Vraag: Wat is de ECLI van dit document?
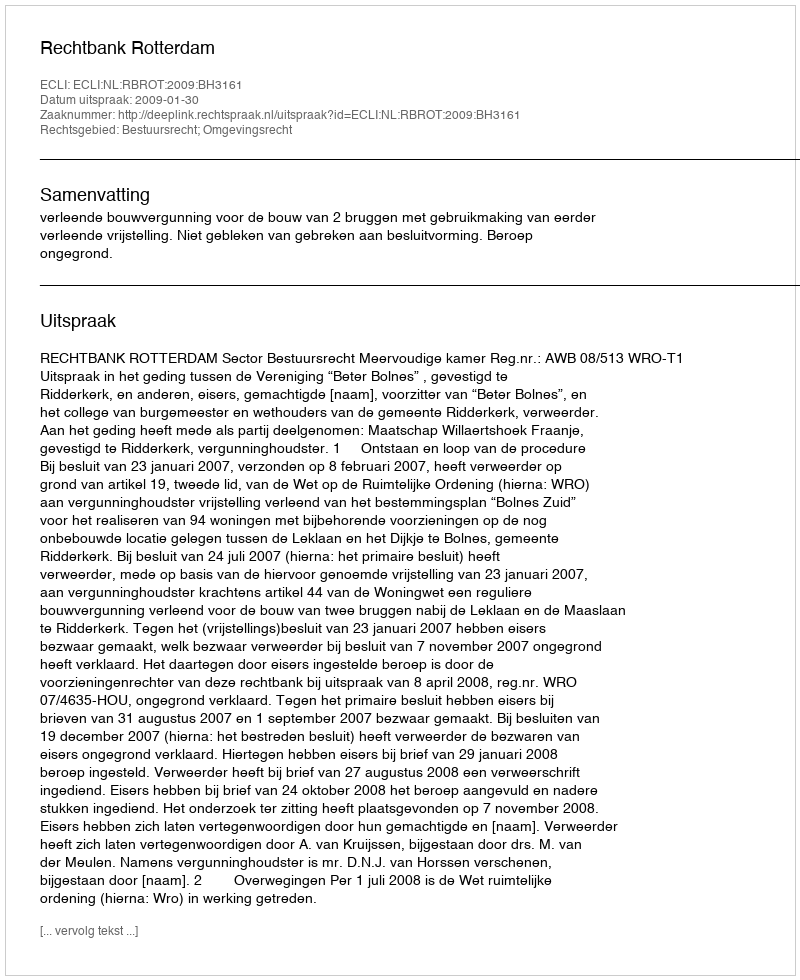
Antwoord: ECLI:NL:RBROT:2009:BH3161